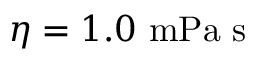
\eta = 1 . 0 \ \mathrm { m P a \ s }